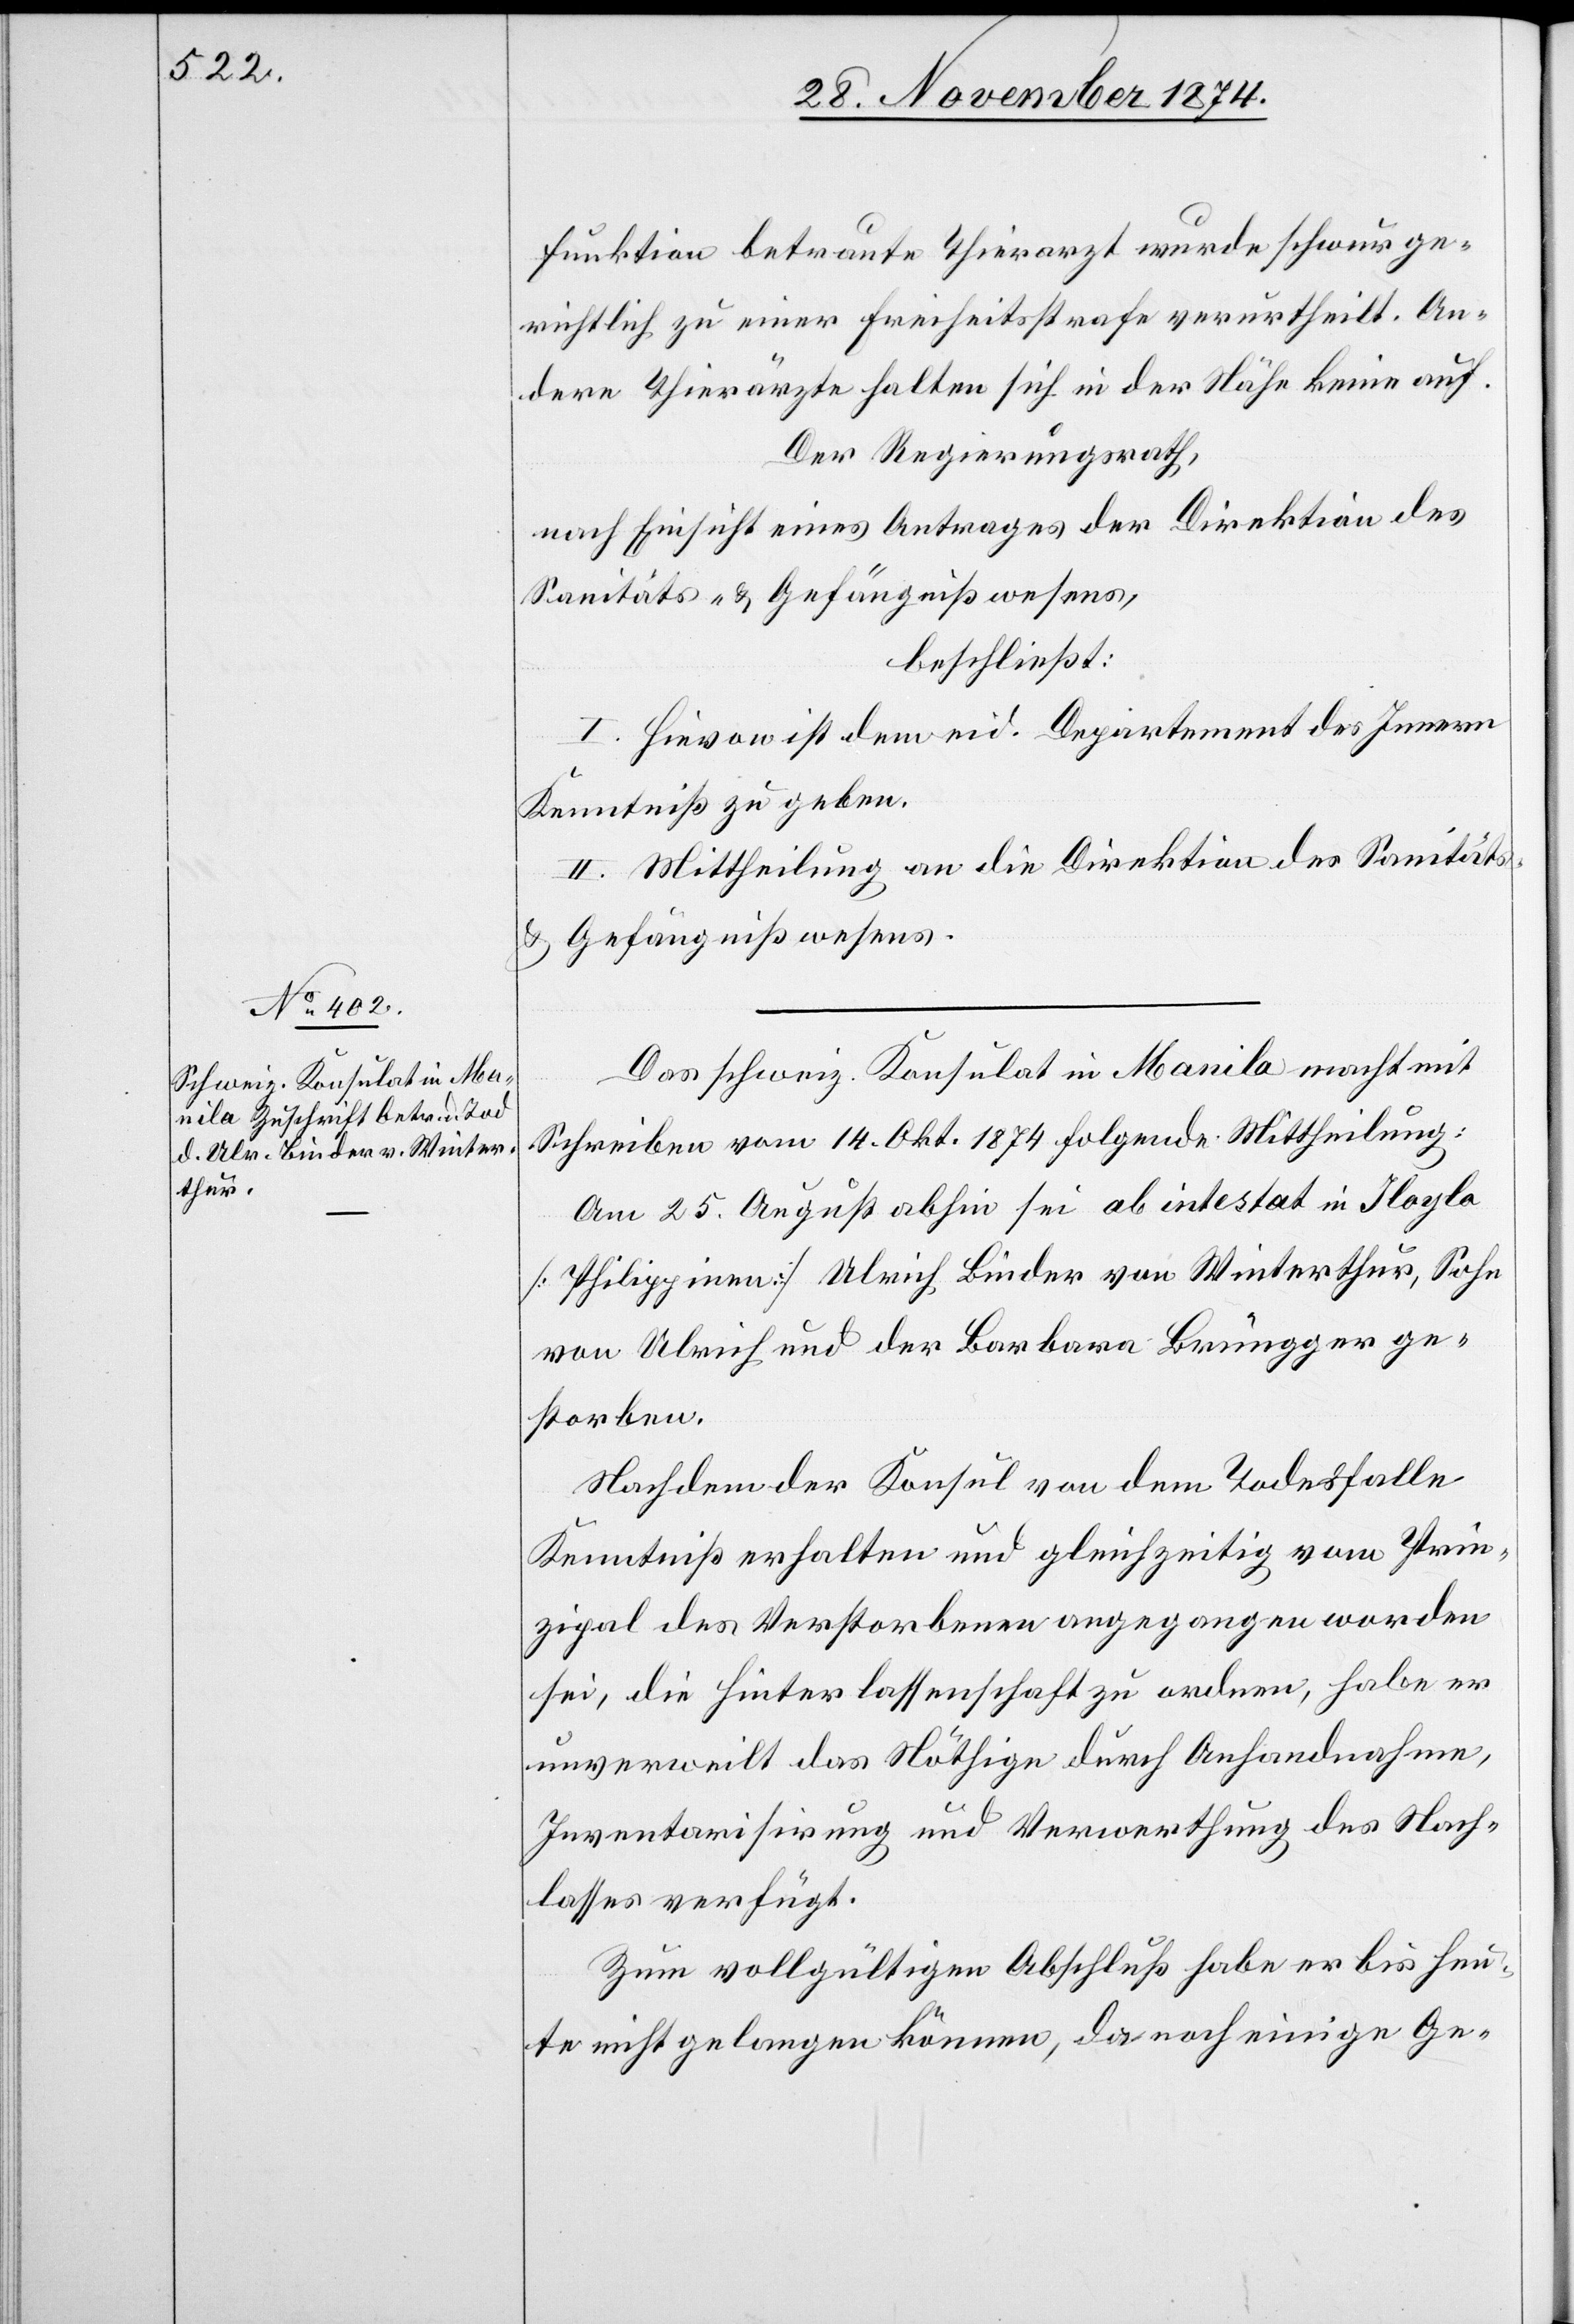
30. November 1874.]
Funktion betraute Thierarzt wurde schwurge¬
richtlich zu einer Freiheitsstrafe verurtheilt. An¬
dere Thierärzte halten sich in der Nähe keine auf.
Der Regierungsrath,
nach Einsicht eines Antrages der Direktion des
Sanitäts- & Gefängnißwesens,
beschließt:
I. Hievon ist dem eid. Departement des Innern
Kenntniß zu geben.
II. Mittheilung an die Direktion des Sanitäts-
& Gefängnißwesens.
Das schweiz. Konsulat in Manila macht mit
Schreiben vom 14. Okt. 1874 folgende Mittheilung:
Am 25. August abhin sei ab intestat in Iloylo
[Philippinen] Ulrich Binder von Winterthur, Sohn
von Ulrich und der Barbara Brünegger ge¬
storben.
Nachdem der Konsul von dem Todesfalle
Kenntniß erhalten und gleichzeitig vom Prin¬
zipal des Verstorbenen angegangen worden
sei, die Hinterlassenschaft zu ordnen, habe er
unverweilt das Nöthige durch Anhandnahme,
Inventarisirung und Verwerthung des Nach¬
lasses verfügt.
Zum vollgültigen Abschluß habe er bis heu¬
te nicht gelangen können, da noch einige Ge-